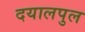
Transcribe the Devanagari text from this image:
दयालपुल